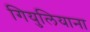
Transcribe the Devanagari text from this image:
गियुलियाना